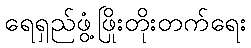
ရေရှည်ဖွံ့ဖြိုးတိုးတက်ရေး